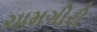
ચામગીરી